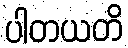
ပါတယတိ